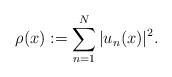
LaTeX: \begin{align*} \rho(x):= \sum_{n=1}^N |u_n(x)|^2.\end{align*}